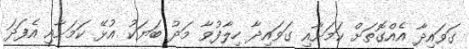
ގަވައިދާ އެއްގޮތަށް ކަމަށާއި ގަވައިދާ ހިލާފުވާ މަދު ބަޔަކު އުޅޭ ކަމަށާއި އެފަދަ